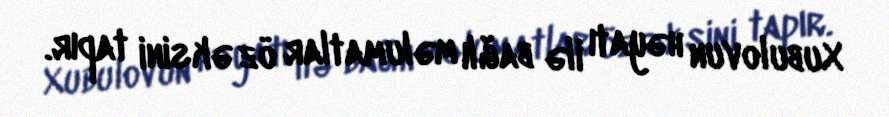
Xubulovun həyatı ilə bağlı məlumatlar öz əksini tapır.